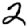
Digit: 2